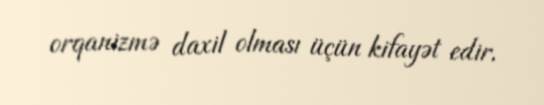
orqanizmə daxil olması üçün kifayət edir.